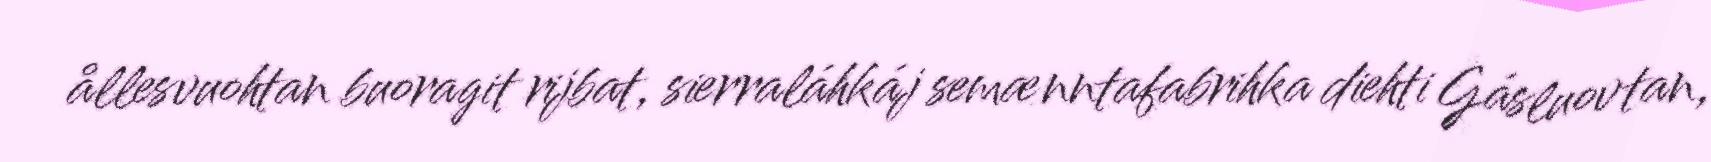
ållesvuohtan buoragit rijbat, sierraláhkáj semænntafabrihka diehti Gásluovtan,